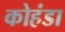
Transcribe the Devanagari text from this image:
कोहंडा